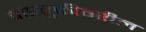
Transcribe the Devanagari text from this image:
वाहतुकीवरील